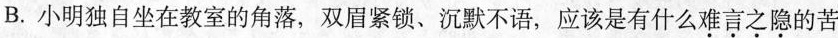
B.小明独自坐在教室的角落，双眉紧锁、沉默不语，应该是有什么难言之隐的苦